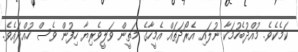
ކަމެކެވެ. މުއްދުބެހުމަކާ ނުލައި އެރޯދަތައް އެމީހާގެ މަތީން ވަލީވެރިޔާ ހިފުން ވެސް ހުއްދައެވެ.